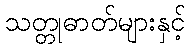
သတ္တုဓာတ်များနှင့်